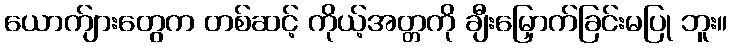
ယောက်ျားတွေက တစ်ဆင့် ကိုယ့်အတ္တကို ချီးမြှောက်ခြင်းမပြု ဘူး။